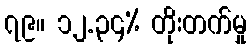
၇၉။ ၁၂.၃၄% တိုးတက်မှု